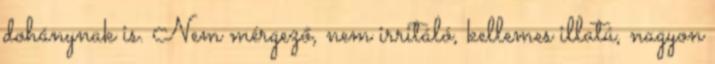
dohánynak is. Nem mérgező, nem irritáló, kellemes illatú, nagyon